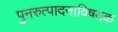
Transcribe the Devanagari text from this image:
पुनरुत्पादनाविषयक